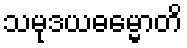
သမုဒယဓမ္မောတိ